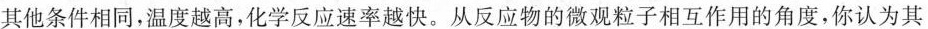
其他条件相同，温度越高，化学反应速率越快。从反应物的微观粒子相互作用的角度，你认为其